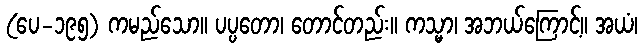
(ပေ-၁၉၅) ကမည်သော။ ပပ္ပတော၊ တောင်တည်း။ ကသ္မာ၊ အဘယ်ကြောင့်။ အယံ၊